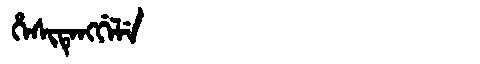
Manchu: ᡥᡝᠰᡳᡨᡝᠩᡤᡝᠯᡝ
Romanization: HESITENGGELE